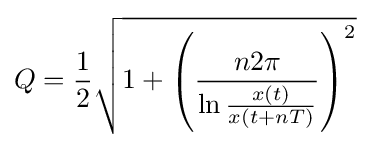
Q={\frac {1}{2}}{\sqrt {1+\left({\frac {n2\pi }{\ln {\frac {x(t)}{x(t+nT)}}}}\right)^{2}}}